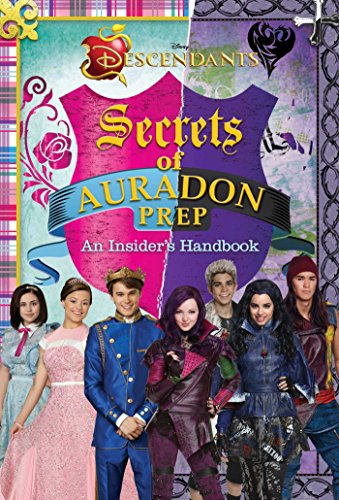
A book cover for Disney Descendants: Secrets of Auradon Prep: Insider's Handbook; Children's Books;